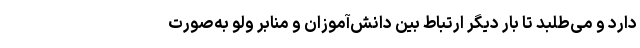
دارد و می‌طلبد تا بار دیگر ارتباط بین دانش‌آموزان و منابر ولو به‌صورت